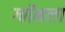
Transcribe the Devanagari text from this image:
ग्वॉमला